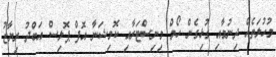
މުހުލަތެއް ދިނުމާއި ގުޅިގެން ހޯމް މިނިސްޓަރާއި ކޮމިޝަނާ އޮފް ޕޮލިސް އަބްދު ރިޔާޒު